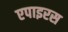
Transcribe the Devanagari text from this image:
एपाइरस